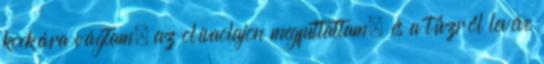
kockára vágtam, az olívaolajon megfuttattam, és a tűzről levéve